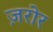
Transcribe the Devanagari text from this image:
ज़रोर